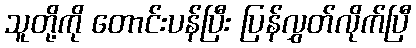
သူတို့ကို တောင်းပန်ပြီး ပြန်လွှတ်လိုက်ပြီ